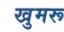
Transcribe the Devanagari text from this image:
खुमरू